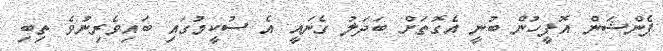
ޕެންޝަން އޮފީހުން ބުނީ އެގޮތަށް ބަދަލު ގެނައީ އެ ސުކީމުގައި ބައިވެރިނުވެ ތިބި